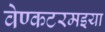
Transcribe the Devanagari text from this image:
वेण्कटरमइया